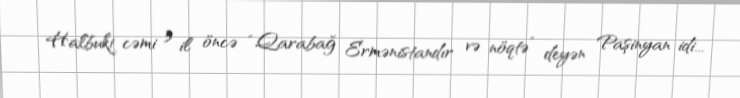
Halbuki cəmi 3 il öncə “Qarabağ Ermənistandır və nöqtə” deyən Paşinyan idi...